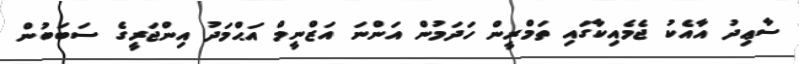
ސާޢިދު އާއެކު ޖެމެއިކާގައި ތަމްރީން ހަދަމުން އަންނަ އަޒްނީމް އަޙްމަދު އިންޖަރީގެ ސަބަބުން